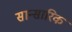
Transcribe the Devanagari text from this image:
सान्सारिक